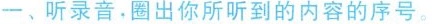
一、听录音.圈出你所听到的内容的序号